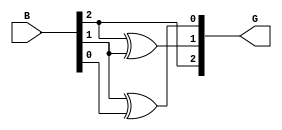
module gray_code_encoder #(parameter n = 3) (
    input  [n-1:0] B,  // n-bit binary input
    output [n-1:0] G   // n-bit Gray code output
);

// Gray code conversion logic
assign G[n-1] = B[n-1]; // MSB of Gray code is the same as MSB of binary input
genvar i;
generate
    for (i = n-2; i >= 0; i = i - 1) begin : gray_logic
        assign G[i] = B[i+1] ^ B[i]; // Remaining bits of Gray code
    end
endgenerate

endmodule